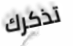
تذكرك